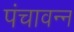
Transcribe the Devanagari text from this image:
पंचावन्न